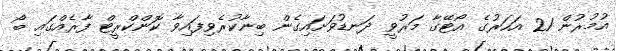
އުމުރުން 21 އަހަރުގެ އޯޓޭގާ މަރުވީ ދަނޑުވަށައިގެން ބިނާކުރެވިފައިވާ ކޮންކްރީޓް ފާރެއްގައި ބޯ